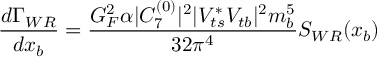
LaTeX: { \frac { d \Gamma _ { W R } } { d x _ { b } } } = { \frac { G _ { F } ^ { 2 } \alpha | C _ { 7 } ^ { ( 0 ) } | ^ { 2 } | V _ { t s } ^ { * } V _ { t b } | ^ { 2 } m _ { b } ^ { 5 } } { 3 2 \pi ^ { 4 } } } S _ { W R } ( x _ { b } )